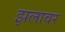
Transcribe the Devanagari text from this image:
झलावर